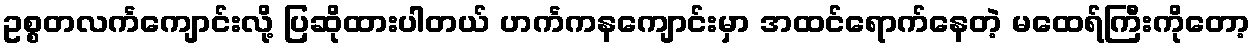
ဥစ္စတလင်္ကကျောင်းလို့ ပြဆိုထားပါတယ် ဟင်္ကကနကျောင်းမှာ အထင်ရောက်နေတဲ့ မထေရ်ကြီးကိုတော့